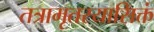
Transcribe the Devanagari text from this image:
तत्रामृतस्यासिक्तं